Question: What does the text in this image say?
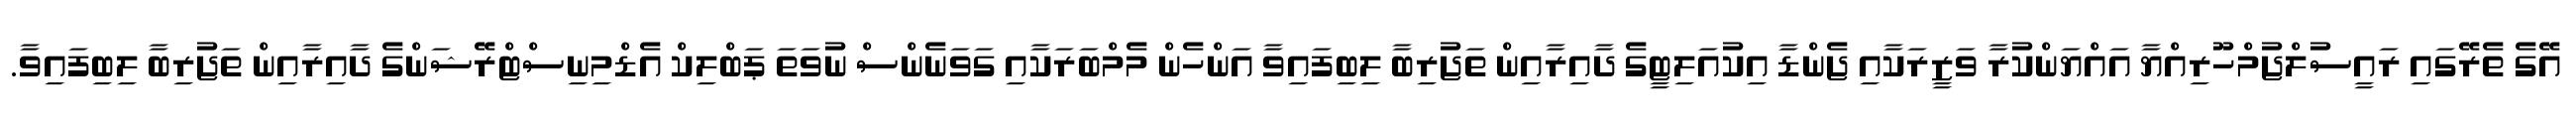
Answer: އޭގެ ތެރޭގައި ރައީސުލްޖުމްހޫރިއްޔާ އައްޔަންކުރާ ވަޒީރަކާއި ޖެންޑާ އިކުއަލިޓީގެ ދާއިރާއިން ތަޖުރިބާ ލިބިފައިވާ އަންހެން މެމްބަރަކާއި ގަވަނެންސް ނުވަތަ ޕަބްލިކް އެޑްމިނިސްޓްރޭޝަންގެ ދާއިރާއިން ތަޖުރިބާ ލިބިފައިވާ.